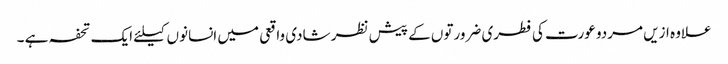
علاوہ ازیں مردو عورت کی فطری ضرورتوں کے پیش نظر شادی واقعی میں انسانوں کیلئے ایک تحفہ ہے ۔